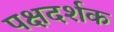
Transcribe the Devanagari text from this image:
पक्षदर्शक